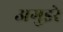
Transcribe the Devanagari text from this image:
अगुइरे